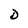
Character: D